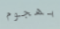
بهجوم